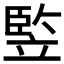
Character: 𥪡